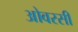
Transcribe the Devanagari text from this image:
ओवरसी